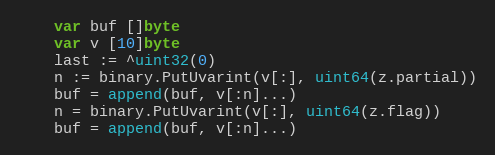
Language: Go
	var buf []byte
	var v [10]byte
	last := ^uint32(0)
	n := binary.PutUvarint(v[:], uint64(z.partial))
	buf = append(buf, v[:n]...)
	n = binary.PutUvarint(v[:], uint64(z.flag))
	buf = append(buf, v[:n]...)